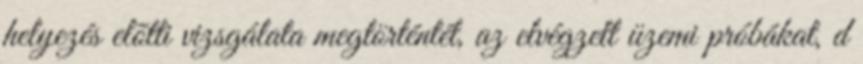
helyezés elõtti vizsgálata megtörténtét, az elvégzett üzemi próbákat, d